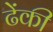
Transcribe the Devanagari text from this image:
ढेंकी